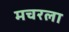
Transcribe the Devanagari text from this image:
मचरला